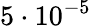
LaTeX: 5\cdot 10^{-5}